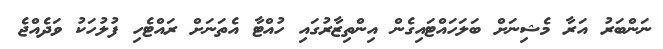
ނަންބަރު އަރާ މެޝިނަށް ބަލަހައްޓައިގެން އިންތިޒާރުގައި ހުއްޓާ އެތަނަށް ރައްޓެހި ފުލުހަކު ވަދެއްޖެ